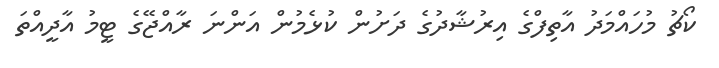
ކޯޗު މުހައްމަދު އާތިފްގެ އިރުޝާދުގެ ދަށުން ކުޅެމުން އަންނަ ރާއްޖޭގެ ޓީމު އާދީއްތަ